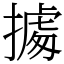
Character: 㩀